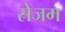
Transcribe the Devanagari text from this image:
सेजम